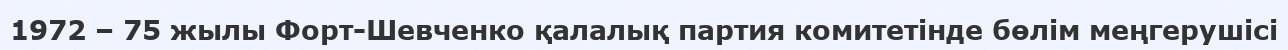
1972 – 75 жылы Форт-Шевченко қалалық партия комитетінде бөлім меңгерушісі